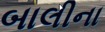
બાલીના